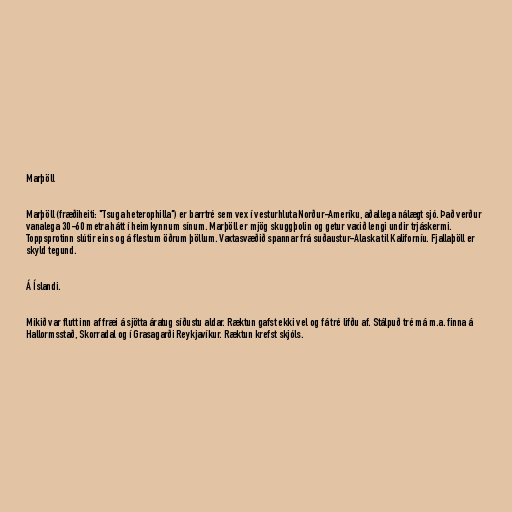
Marþöll

Marþöll (fræðiheiti: "Tsuga heterophilla") er barrtré sem vex í vesturhluta Norður-Ameríku, aðallega nálægt sjó. Það verður
vanalega 30-60 metra hátt í heimkynnum sínum. Marþöll er mjög skuggþolin og getur vaxið lengi undir trjáskermi.
Toppsprotinn slútir eins og á flestum öðrum þöllum. Vaxtasvæðið spannar frá suðaustur-Alaska til Kaliforníu. Fjallaþöll er
skyld tegund.

Á Íslandi.

Mikið var flutt inn af fræi á sjötta áratug síðustu aldar. Ræktun gafst ekki vel og fá tré lifðu af. Stálpuð tré má m.a. finna á
Hallormsstað, Skorradal og í Grasagarði Reykjavíkur. Ræktun krefst skjóls.